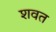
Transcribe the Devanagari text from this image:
शवत